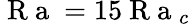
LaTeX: \mathrm{~R~a~}=15\mathrm{~R~a~}_{c}